Insane asylums in Bengal annual reports 1867-1875 - 1867-1875
Year: 1867
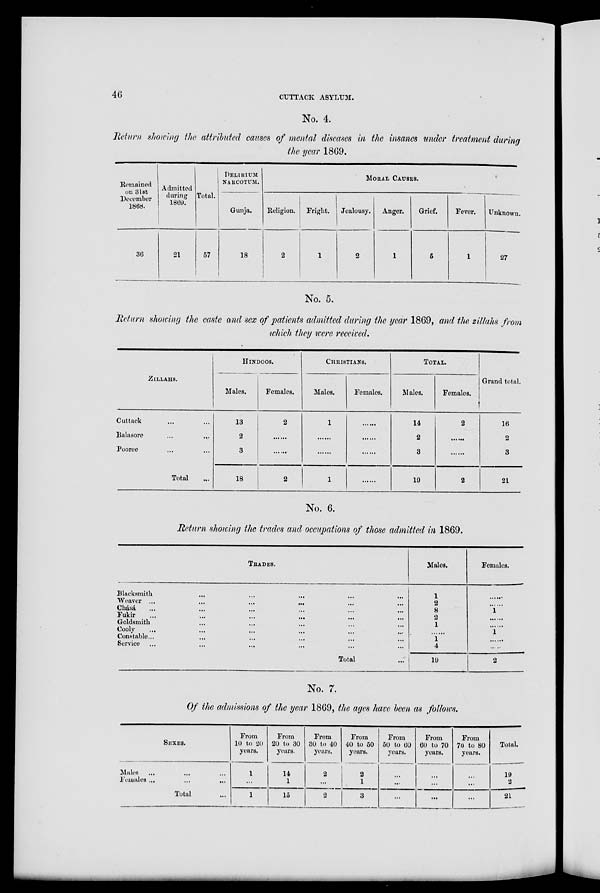
46
CUTTACK ASYLUM.
No. 4.
Return showing the attributed causes of mental diseases in the insanes under treatment during
the year 1869.
Remained
on 3lst
December
1868.
36
Admitted
during
1869.
21
Total.
57
DELIRIUM
NARCOTUM.
Gunja.
18
MORAL CAUSES.
Religion.
2
Fright.
1
Jealousy.
2
Anger.
1
Grief.
5
Fever.
1
Unknown.
27
No. 5.
Return showing the caste and sex of patients admitted during the year 1869, and the zillahs from
which they were received.
ZILLAHS.
Cuttack ... ...
Balasore
...
...
Pooree ... ...
Total ...
HINDOOS.
Males.
13
2
3
18
Females.
2
......
......
2
CHRISTIANS.
Males.
1
......
......
1
Females.
......
......
......
......
TOTAL.
Males.
14
2
3
19
Females.
2
......
......
2
Grand total.
16
2
3
21
No. 6.
Return showing the trades and occupations of those admitted in 1869.
TRADES.
Blacksmith ... ... ... ... ...
Weaver ...
...
...
... ...
Chásá ... ... ... ... ...
Fukir ... ... ... ... ...
Goldsmith ... ... ... ... ...
Cooly ... ... ... ... ...
Constable... ... ... ... ...
Service ... ... ... ...
Total ...
Males.
1
2
8
2
1
......
1
4
19
Females.
......
......
1
......
......
1
......
..
2
No. 7.
Of the admissions of the year 1869, the ages have been as follows.
SEXES.
Males ... ... ...
Females ... ... ...
Total ... ... ...
From
10 to 20
years.
1
...
1
From
20 to 30
years.
14
1
15
From
30 to 40
years.
2
...
2
From
40 to 50
years.
2
1
3
From
50 to 60
years.
...
...
...
From
60 to 70
years.
...
...
...
From
70 to 80
years.
...
...
...
Total.
19
2
21